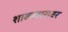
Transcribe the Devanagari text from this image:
शाकाहारावर